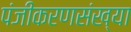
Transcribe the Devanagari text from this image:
पंजीकरणसंख्या